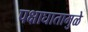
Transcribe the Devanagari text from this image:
पक्षाघातामुळे